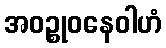
အဝဉ္စုဝနေဝါဟံ